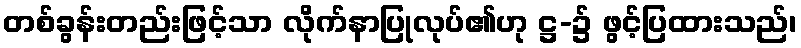
တစ်ခွန်းတည်းဖြင့်သာ လိုက်နာပြုလုပ်၏ဟု ဋ္ဌ-၌ ဖွင့်ပြထားသည်၊